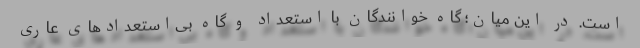
است. در این میان؛ گاه خوانندگان با استعداد و گاه بی‌استعدادهای عاری